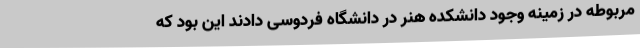
مربوطه در زمینه وجود دانشکده هنر در دانشگاه فردوسی دادند این بود که